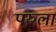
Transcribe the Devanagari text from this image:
परुला